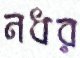
নধর